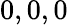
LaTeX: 0,0,0